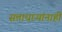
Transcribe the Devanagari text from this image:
सत्ताधाऱ्यांनाही